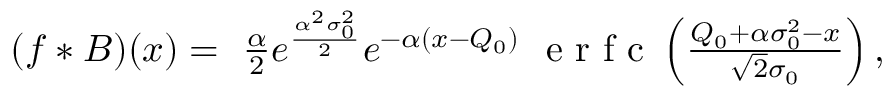
\begin{array} { r } { ( f * B ) ( x ) = \ \frac { \alpha } { 2 } e ^ { \frac { \alpha ^ { 2 } \sigma _ { 0 } ^ { 2 } } { 2 } } e ^ { - \alpha ( x - Q _ { 0 } ) } \ \mathrm { ~ e ~ r ~ f ~ c ~ } \left( \frac { Q _ { 0 } + \alpha \sigma _ { 0 } ^ { 2 } - x } { \sqrt { 2 } \sigma _ { 0 } } \right) , } \end{array}